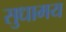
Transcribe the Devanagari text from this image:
सुधामय